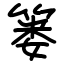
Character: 篓